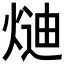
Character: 𭵍